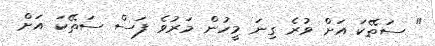
" ސަތޭކަ އަށް ވުރެ ގިނަ މީހުން މަރުވެ ފަސް ސަތޭކަ އަށް